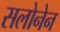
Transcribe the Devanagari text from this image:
सलोनेन